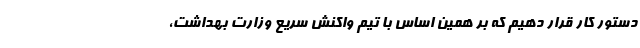
دستور کار قرار دهیم که بر همین اساس با تیم واکنش سریع وزارت بهداشت،